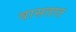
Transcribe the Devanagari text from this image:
वासतात